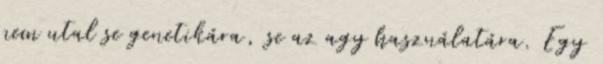
nem utal se genetikára, se az agy használatára. Egy